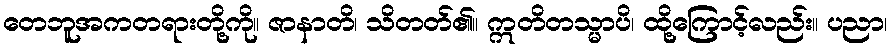
တေဘူအကတရားတို့ကို။ ဇာနာတိ၊ သိတတ်၏။ ဣတိတသ္မာပိ၊ ထို့ကြောင့်လည်း။ ပညာ၊